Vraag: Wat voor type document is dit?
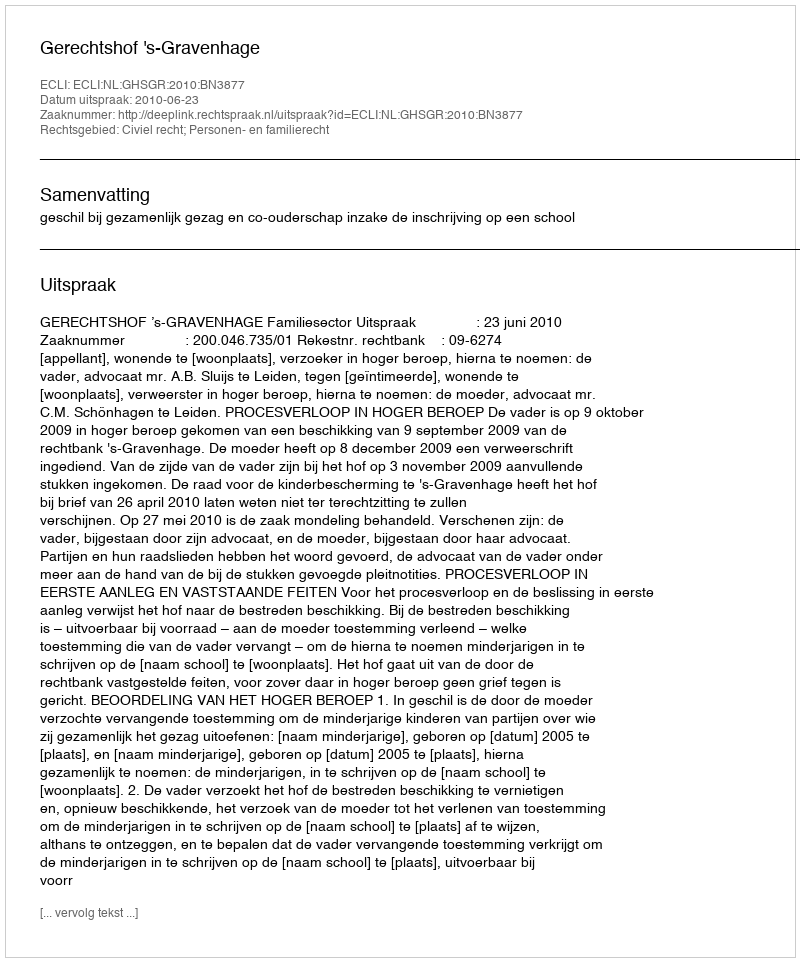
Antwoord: Uitspraak